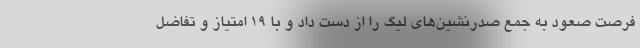
فرصت صعود به جمع صدرنشین‌های لیگ را از دست داد و با ۱۹ امتیاز و تفاضل